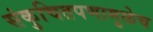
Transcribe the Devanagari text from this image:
संकुचितपणामुळेच